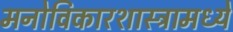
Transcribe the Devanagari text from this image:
मनोविकारशास्त्रामध्ये